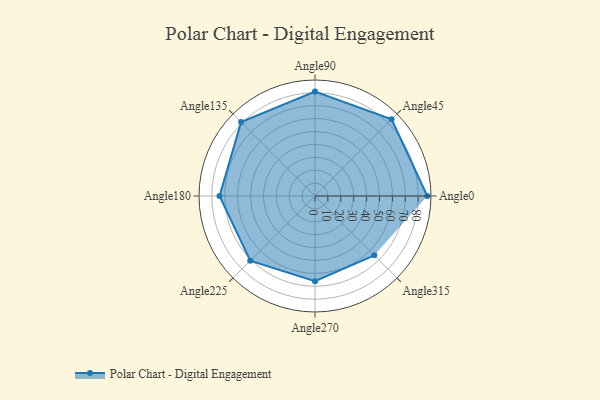
{"axis": {"x": "Angle", "y": "Radius"}, "legend": [""], "data": [{"x": "Angle0", "y": 87.0, "type": ""}, {"x": "Angle45", "y": 84.0, "type": ""}, {"x": "Angle90", "y": 81.0, "type": ""}, {"x": "Angle135", "y": 81.0, "type": ""}, {"x": "Angle180", "y": 74.0, "type": ""}, {"x": "Angle225", "y": 71.0, "type": ""}, {"x": "Angle270", "y": 66.0, "type": ""}, {"x": "Angle315", "y": 65.0, "type": ""}]}